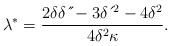
LaTeX: \begin{align*}\lambda^{\ast}=\frac{2\delta \delta \,\acute{}\,\acute{}-3\delta \,\acute{}\,^{2}-4\delta^{2}}{4\delta^{2}\kappa}. \end{align*}